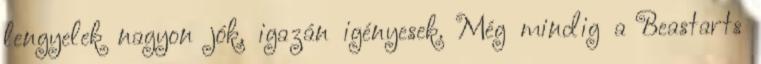
lengyelek nagyon jók, igazán igényesek. Még mindig a Beastarts